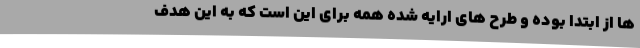
ها از ابتدا بوده و طرح های ارایه شده همه برای این است که به این هدف